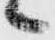
々